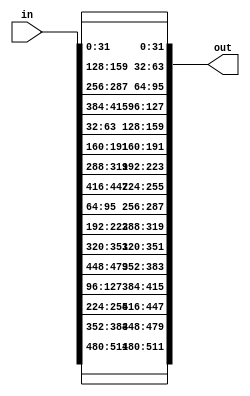
module transpose(
    output [511:0] out,
    input [511:0] in
);
assign out[511:480] = in[511:480];
assign out[479:448] = in[383:352];
assign out[383:352] = in[479:448];
assign out[447:416] = in[255:224];
assign out[255:224] = in[447:416];
assign out[415:384] = in[127:96];
assign out[127:96]  = in[415:384];
assign out[351:320] = in[351:320];
assign out[319:288] = in[223:192];
assign out[223:192] = in[319:288];
assign out[287:256] = in[95:64];
assign out[95:64]   = in[287:256];
assign out[191:160] = in[191:160];
assign out[63:32]   = in[159:128];
assign out[159:128] = in[63:32];
assign out[31:0]    = in[31:0];

endmodule